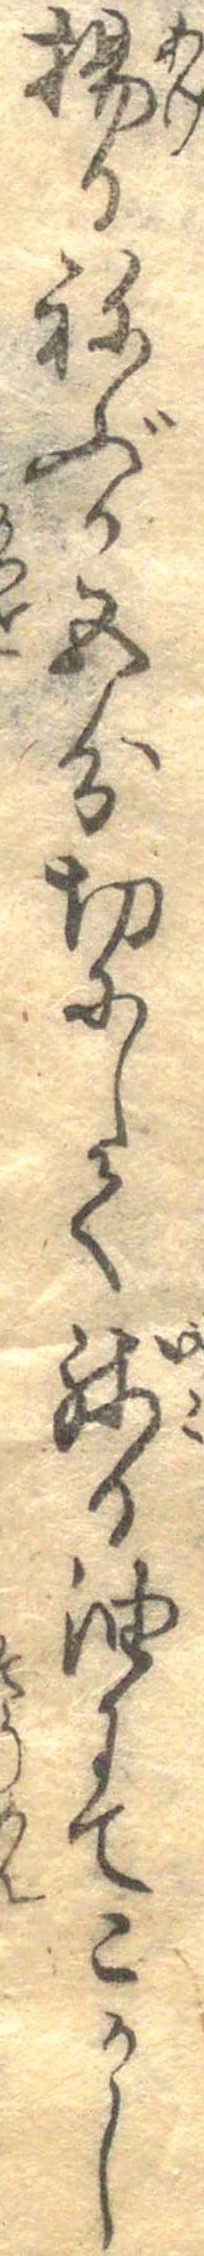
揚るねぶか五分切にして残る油にてこかし